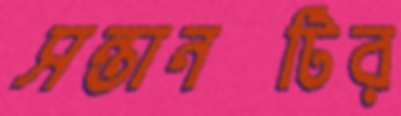
সন্তানটির